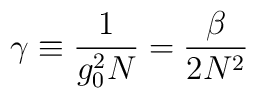
\gamma \equiv {1\over g_0^2 N} = {\beta \over 2 N^2}